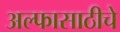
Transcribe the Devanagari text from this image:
अल्फासाठीचे